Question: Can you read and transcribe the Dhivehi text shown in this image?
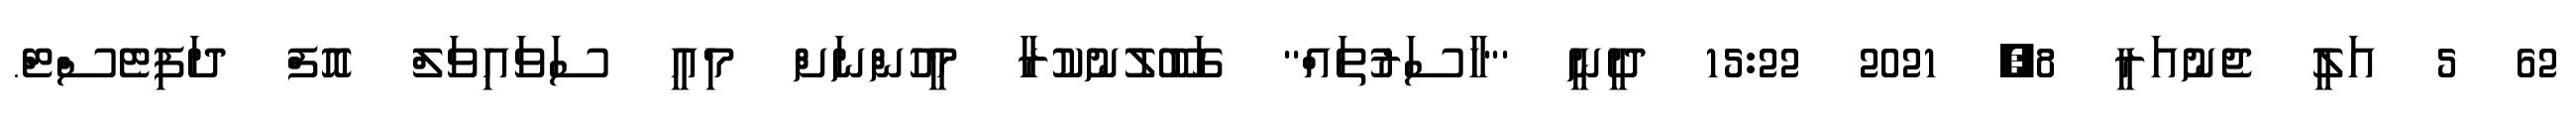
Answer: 62 5 އަލީ ޖެނުއަރީ 8, 2021 15:22 ދީނީ '"ހާސަރުތައް'' ގަބޫލުނުކުރާ މީހުންނަށް މިއީ ސަވައިވަލް އޮފް ދަފިޓެސްޓް.